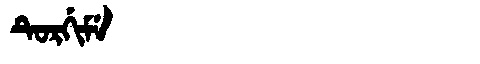
Manchu: ᡨᡠᡵᡤᡳᠮᡝ
Romanization: TURGIME